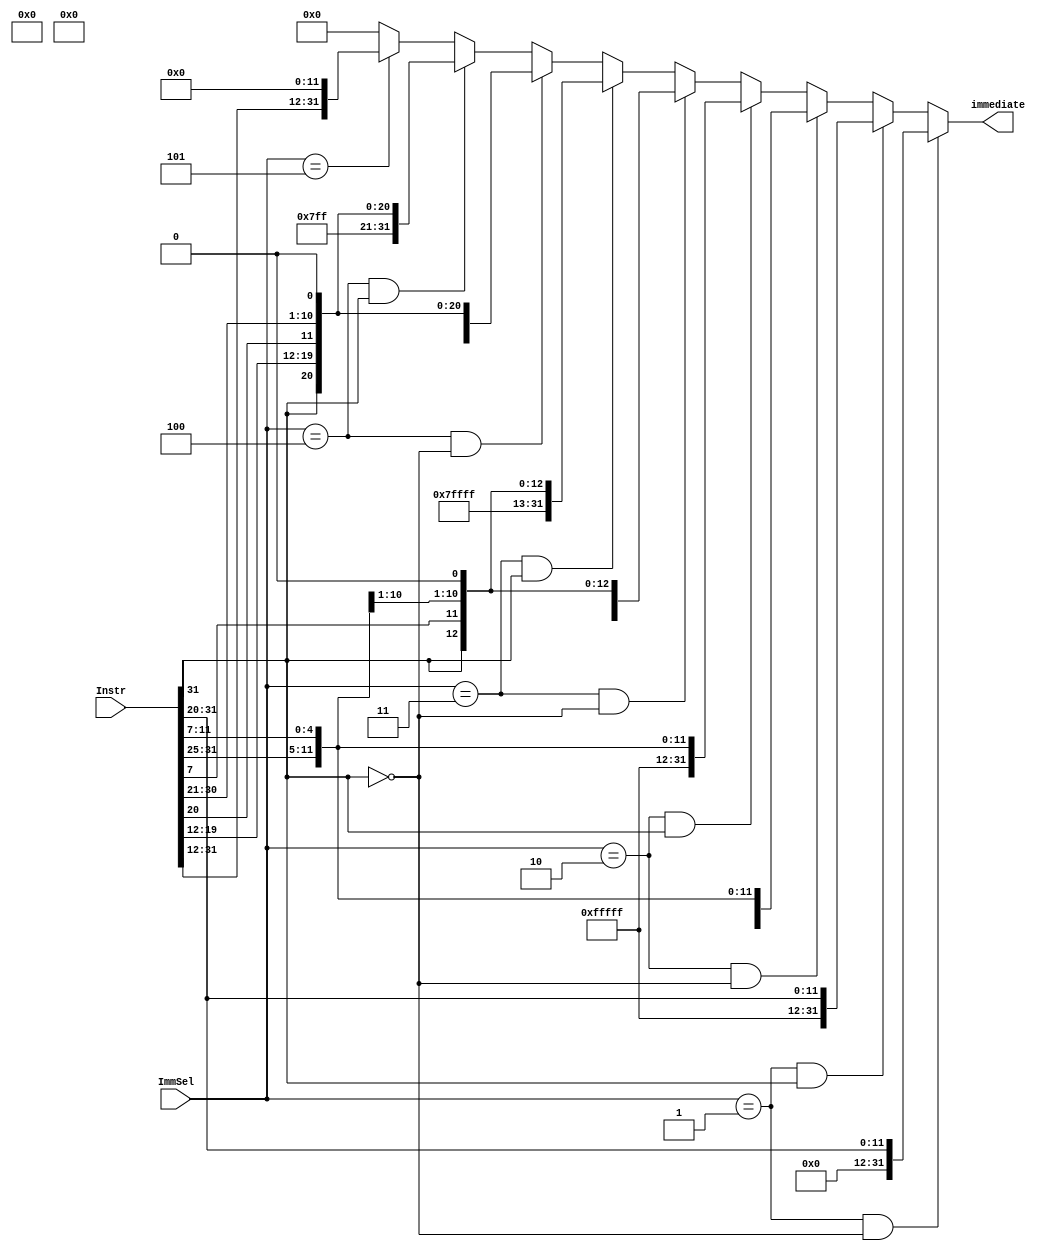
/*/////////////////////////////////////////////
 File: Imm_Gen.v
 Author: Manav Shah
 ----------------------------------------------

           
      
            
              
              
               
 ----------------------------------------------
                                    
 Copyright (c) 2024 MANAV SHAH
*//////////////////////////////////////////////

module Imm_Gen(Instr,ImmSel,immediate);

input [31:0]Instr;
input [2:0]ImmSel;

output [31:0]immediate;

/* 
ImmSel
0       nothing
1       I type
2       S type 
3       B type 
4       J type
5       U type 
*/

assign immediate = (ImmSel == 3'b001 & Instr[31] == 1'b0) ? {{20{1'b0}},Instr[31:20]} :  // I type immediate 
                   (ImmSel == 3'b001 & Instr[31] == 1'b1) ? {{20{1'b1}},Instr[31:20]} :  // consider sign extension of most signifiacnt bit ie. bit 31 here
                   (ImmSel == 3'b010 & Instr[31] == 1'b0) ? {{20{1'b0}},Instr[31:25],Instr[11:7]} : // S type immediate 
                   (ImmSel == 3'b010 & Instr[31] == 1'b1) ? {{20{1'b1}},Instr[31:25],Instr[11:7]} : 
                   (ImmSel == 3'b011 & Instr[31] == 1'b0) ? {{19{1'b0}},Instr[31],Instr[7],Instr[30:25],Instr[11:8],1'b0} : // B type immediate 
                   (ImmSel == 3'b011 & Instr[31] == 1'b1) ? {{19{1'b1}},Instr[31],Instr[7],Instr[30:25],Instr[11:8],1'b0} : 
                   (ImmSel == 3'b100 & Instr[31] == 1'b0) ? {{11{1'b0}},Instr[31],Instr[19:12],Instr[20],Instr[30:21],1'b0} :     // has to be sign extended
                   (ImmSel == 3'b100 & Instr[31] == 1'b1) ? {{11{1'b1}},Instr[31],Instr[19:12],Instr[20],Instr[30:21],1'b0} :     // has to be sign extended
                   (ImmSel == 3'b101 ) ? {Instr[31:12],{12{1'b0}}}:  // U type immediate // for lui and aiupc
                   32'h00000000;

endmodule